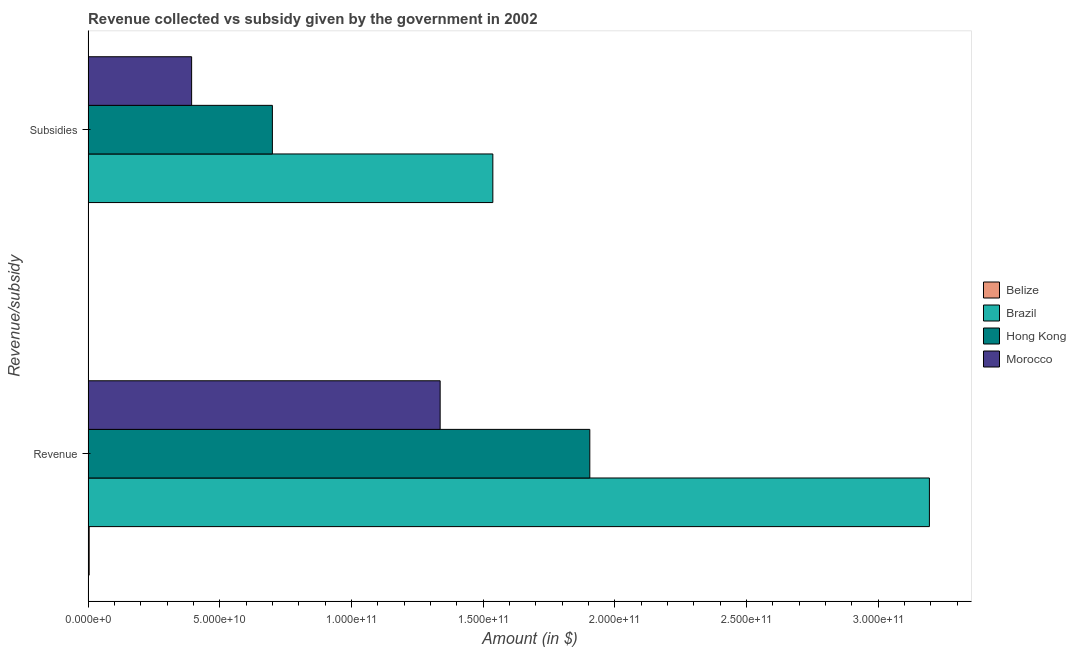
| Revenue/subsidy | Belize | Brazil | Hong Kong | Morocco |
 | --- | --- | --- | --- | --- |
 | Revenue | 4.12e+08 | 3.19e+11 | 1.91e+11 | 1.34e+11 |
 | Subsidies | 5.21e+07 | 1.54e+11 | 7e+10 | 3.93e+10 |